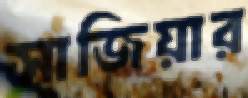
সাজিয়ার